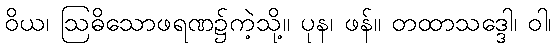
ဝိယ၊ ဩဓိသောဖရဏ၌ကဲ့သို့။ ပုန၊ ဖန်။ တထာသဒ္ဒေါ၊ ဝါ၊